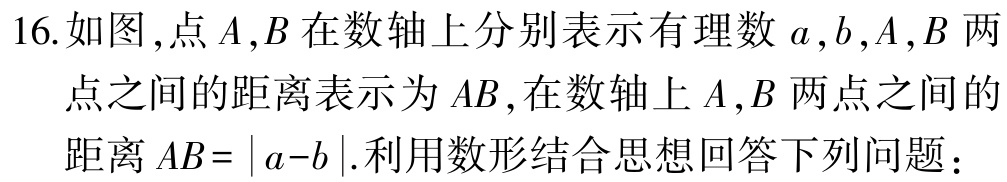
16.如图，点\(A,B\)在数轴上分别表示有理数\(a,b\),\(A,B\)两点之间的距离表示为\(AB\),在数轴上\(A,B\)两点之间的距离\(AB = |a - b|\).利用数形结合思想回答下列问题：